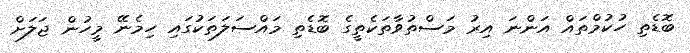
ބޮޑެތި ހުކުމްތައް އަންނަ އިރު މަސްތުވާތަކެތީގެ ބޮޑެތި މައްސަލަތަކުގައި ހިމެނޭ މީހުން ޖަލަށް